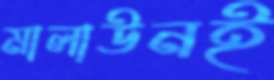
মালাউনই